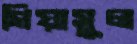
গিয়াসুল